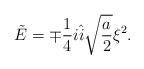
\begin{align*}\tilde{E}=\mp\frac{1}{4}i\hat{i}\sqrt{\frac{a}{2}}\xi^2.\end{align*}